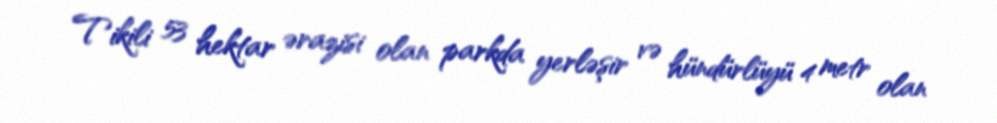
Tikili 53 hektar ərazisi olan parkda yerləşir və hündürlüyü 4 metr olan